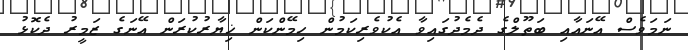
ނަމަވެސް އޭނައާއި ބަތޫލްގެ ދެމެދުގައިވާ އެކުވެރިކަމުން ހިމޭންކަން ޚިޔާރުކުރަން އޭނަގެ ޒަމީރު ދެކޮޅު